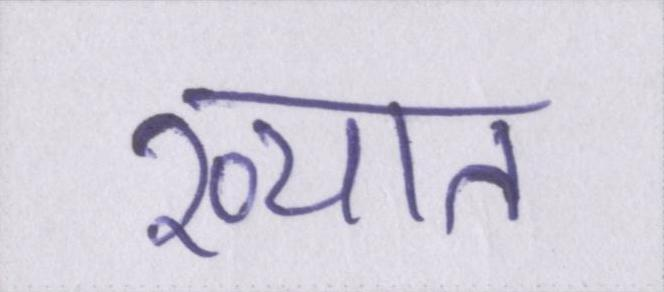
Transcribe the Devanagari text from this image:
ख्यात